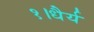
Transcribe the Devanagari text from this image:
१।धैर्य